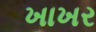
ખાખર